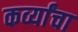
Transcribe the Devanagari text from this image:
कर्व्यांचा